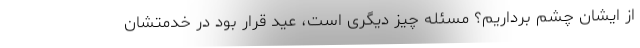
از ایشان چشم‌ برداریم؟ مسئله چیز دیگری است، عید قرار بود در خدمتشان